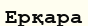
Ерқара